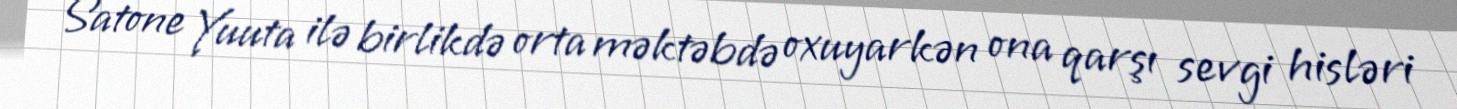
Satone Yuuta ilə birlikdə orta məktəbdə oxuyarkən ona qarşı sevgi hisləri